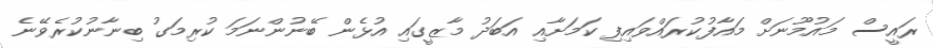
ރައީސް މައުމޫނަށް މައާފުކުރައްވައިފި ކަމަށާއި އަބަދު މާޒީގައި އުޅެން ބޭނުންނަމަ ކުރިމަގު ބިނާނުކުރެވޭނެ